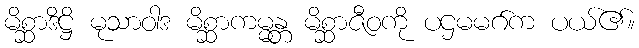
မိစ္ဆာဒိဋ္ဌိ မုသာဝါဒ မိစ္ဆာကမ္မန္တ မိစ္ဆာဇီဝကို ပဌမမဂ်က ပယ်၏။